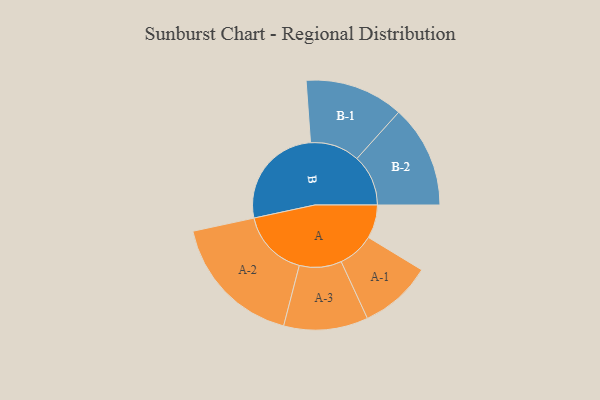
{"axis": {"x": "Segment", "y": "Value"}, "legend": ["", "A", "B"], "data": [{"x": "A", "y": 120, "type": ""}, {"x": "B", "y": 376, "type": ""}, {"x": "A-1", "y": 130, "type": "A"}, {"x": "A-2", "y": 243, "type": "A"}, {"x": "A-3", "y": 151, "type": "A"}, {"x": "B-1", "y": 177, "type": "B"}, {"x": "B-2", "y": 184, "type": "B"}]}